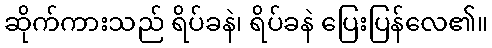
ဆိုက်ကားသည် ရိပ်ခနဲ၊ ရိပ်ခနဲ ပြေးပြန်လေ၏။